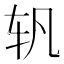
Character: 𰹴